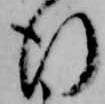
行